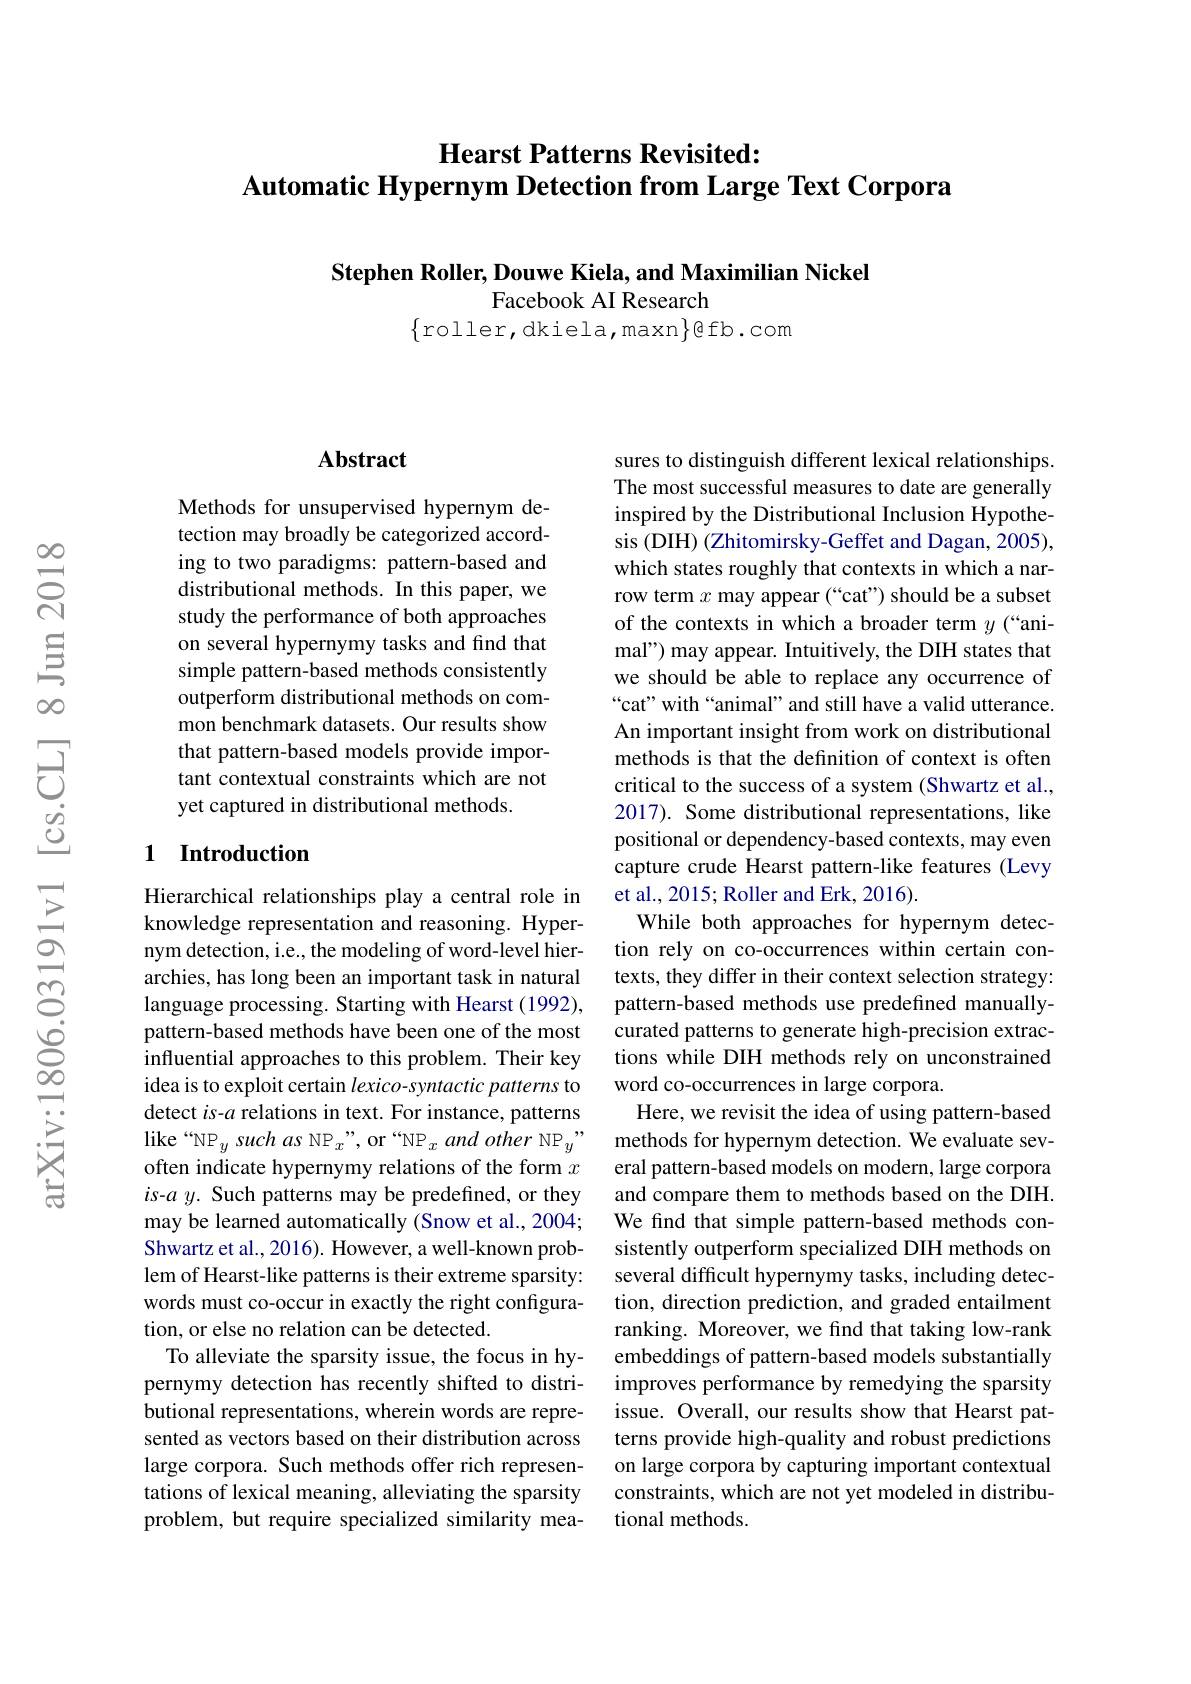
## Hearst Patterns Revisited: Automatic Hypernym Detection from Large Text Corpora

Stephen Roller, Douwe Kiela, and Maximilian Nickel

Facebook AI Research

$\{$roller,dkiela,maxn$\}\textcircled{\mathrm{fb.com}}$

### $\mathbf{Abstract}$

Methods for unsupervised hypernym detection may broadly be categorized according to two paradigms: pattern-based and distributional methods. In this paper, we study the performance of both approaches on several hypernymy tasks and find that simple pattern-based methods consistently outperform distributional methods on common benchmark datasets. Our results show that pattern-based models provide important contextual constraints which are not yet captured in distributional methods.

## 1 Introduction

Hierarchical relationships play a central role in knowledge representation and reasoning. Hypernym detection, i.e., the modeling of word-level hierarchies, has long been an important task in natural language processing. Starting with Hearst (1992), pattern-based methods have been one of the most influential approaches to this problem. Their key idea is to exploit certain lexico-syntactic patterns to detect $is-a$ relations in text. For instance, patterns like“NP_ysuchas NP_x”,or“NP_xandother\text{ NP}_y” often indicate hypernymy relations of the form $x$ $is$-$ay.$ Such patterns may be predefined, or they may be learned automatically (Snow et al., 2004; Shwartz et al., 2016). However, a well-known problem of Hearst-like patterns is their extreme sparsity: words must co-occur in exactly the right configuration, or else no relation can be detected.
To alleviate the sparsity issue, the focus in hypernymy detection has recently shifted to distributional representations, wherein words are represented as vectors based on their distribution across large corpora. Such methods offer rich representations of lexical meaning, alleviating the sparsity problem, but require specialized similarity mea-

sures to distinguish different lexical relationships. The most successful measures to date are generally inspired by the Distributional Inclusion Hypothesis (DIH) (Zhitomirsky-Geffet and Dagan, 2005), which states roughly that contexts in which a narrow term $x$ may appear (“cat”) should be a subset of the contexts in which a broader term $y$ (“animal") may appear. Intuitively, the DIH states that we should be able to replace any occurrence of “cat” with“animal” and still have a valid utterance. An important insight from work on distributional methods is that the definition of context is often critical to the success of a system (Shwartz et al., 2017). Some distributional representations, like positional or dependency-based contexts, may even capture crude Hearst pattern-like features (Levy et al., 2015; Roller and Erk, 2016).
While both approaches for hypernym detection rely on co-occurrences within certain contexts, they differ in their context selection strategy: pattern-based methods use predefined manuallycurated patterns to generate high-precision extractions while DIH methods rely on unconstrained word co-occurrences in large corpora.
Here, we revisit the idea of using pattern-based methods for hypernym detection. We evaluate several pattern-based models on modern, large corpora and compare them to methods based on the DIH. We find that simple pattern-based methods consistently outperform specialized DIH methods on several difficult hypernymy tasks, including detection, direction prediction, and graded entailment ranking. Moreover, we find that taking low-rank embeddings of pattern-based models substantially improves performance by remedying the sparsity issue. Overall, our results show that Hearst patterns provide high-quality and robust predictions on large corpora by capturing important contextual constraints, which are not yet modeled in distributional methods